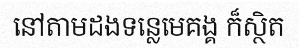
នៅតាមដងទន្លេមេគង្គ ក៏ស្ថិត